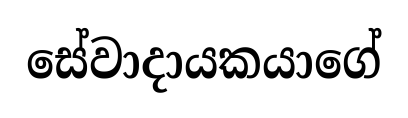
සේවාදායකයාගේ